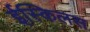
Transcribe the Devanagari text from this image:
ईस्किलस